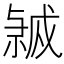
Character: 𭟸